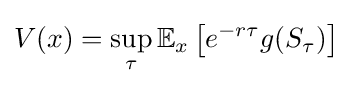
V(x)=\sup _{\tau }\mathbb {E} _{x}\left[e^{-r\tau }g(S_{\tau })\right]